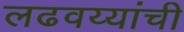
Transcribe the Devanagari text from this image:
लढवय्यांची